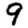
Digit: 9